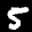
Label: 5